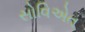
સોવિએત